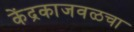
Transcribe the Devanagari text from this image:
केंद्रकाजवळचा